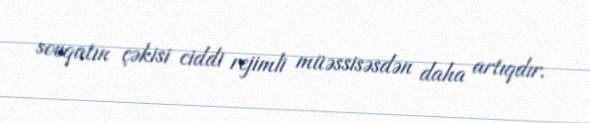
sovqatın çəkisi ciddi rejimli müəssisəsdən daha artıqdır.